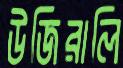
উজিরালি